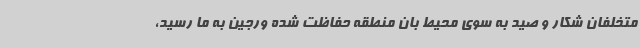
متخلفان شکار و صید به سوی محیط بان منطقه حفاظت شده ورجین به ما رسید،